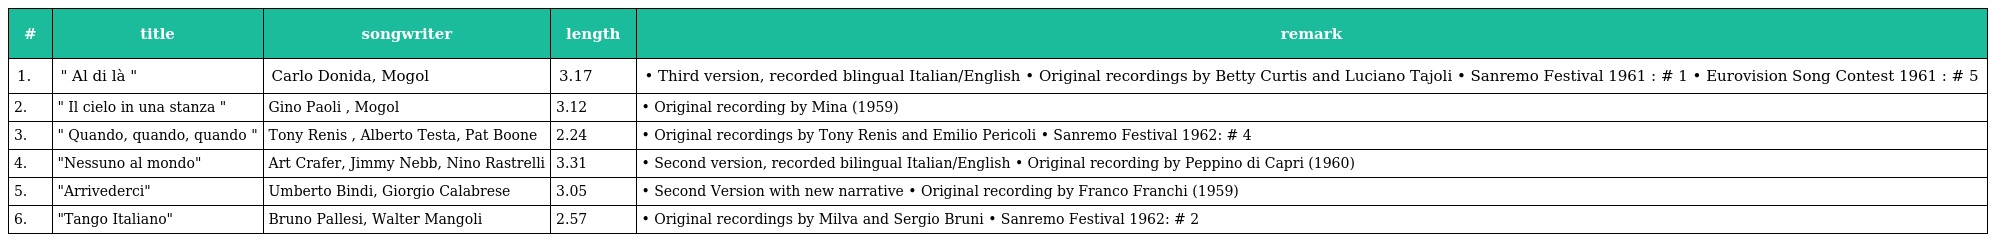
| # | title | songwriter | length | remark |
 | --- | --- | --- | --- | --- |
 | 1. | " Al di là " | Carlo Donida, Mogol | 3.17 | • Third version, recorded blingual Italian/English • Original recordings by Betty Curtis and Luciano Tajoli • Sanremo Festival 1961 : # 1 • Eurovision Song Contest 1961 : # 5 |
 | 2. | " Il cielo in una stanza " | Gino Paoli , Mogol | 3.12 | • Original recording by Mina (1959) |
 | 3. | " Quando, quando, quando " | Tony Renis , Alberto Testa, Pat Boone | 2.24 | • Original recordings by Tony Renis and Emilio Pericoli • Sanremo Festival 1962: # 4 |
 | 4. | "Nessuno al mondo" | Art Crafer, Jimmy Nebb, Nino Rastrelli | 3.31 | • Second version, recorded bilingual Italian/English • Original recording by Peppino di Capri (1960) |
 | 5. | "Arrivederci" | Umberto Bindi, Giorgio Calabrese | 3.05 | • Second Version with new narrative • Original recording by Franco Franchi (1959) |
 | 6. | "Tango Italiano" | Bruno Pallesi, Walter Mangoli | 2.57 | • Original recordings by Milva and Sergio Bruni • Sanremo Festival 1962: # 2 |